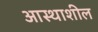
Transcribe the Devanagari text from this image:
आस्थाशील